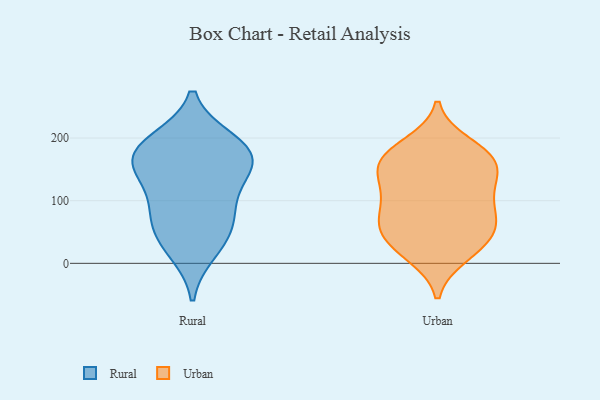
{"axis": {"x": "Production Output", "y": "Value"}, "legend": ["Rural", "Urban"], "data": [{"x": "", "y": 188, "type": "Rural"}, {"x": "", "y": 195, "type": "Rural"}, {"x": "", "y": 91, "type": "Rural"}, {"x": "", "y": 62, "type": "Rural"}, {"x": "", "y": 82, "type": "Rural"}, {"x": "", "y": 167, "type": "Rural"}, {"x": "", "y": 137, "type": "Rural"}, {"x": "", "y": 151, "type": "Rural"}, {"x": "", "y": 38, "type": "Rural"}, {"x": "", "y": 158, "type": "Rural"}, {"x": "", "y": 20, "type": "Rural"}, {"x": "", "y": 184, "type": "Rural"}, {"x": "", "y": 66, "type": "Urban"}, {"x": "", "y": 189, "type": "Urban"}, {"x": "", "y": 164, "type": "Urban"}, {"x": "", "y": 166, "type": "Urban"}, {"x": "", "y": 150, "type": "Urban"}, {"x": "", "y": 26, "type": "Urban"}, {"x": "", "y": 112, "type": "Urban"}, {"x": "", "y": 118, "type": "Urban"}, {"x": "", "y": 49, "type": "Urban"}, {"x": "", "y": 105, "type": "Urban"}, {"x": "", "y": 23, "type": "Urban"}, {"x": "", "y": 67, "type": "Urban"}, {"x": "", "y": 60, "type": "Urban"}, {"x": "", "y": 137, "type": "Urban"}, {"x": "", "y": 72, "type": "Urban"}, {"x": "", "y": 174, "type": "Urban"}, {"x": "", "y": 169, "type": "Urban"}, {"x": "", "y": 13, "type": "Urban"}]}